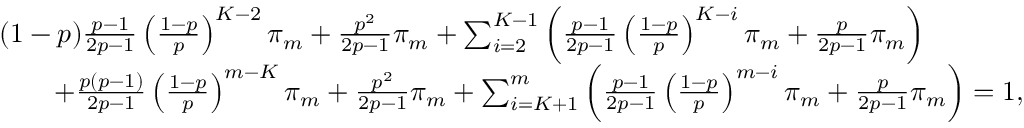
\begin{array} { r l } & { ( 1 - p ) \frac { p - 1 } { 2 p - 1 } \left( \frac { 1 - p } { p } \right) ^ { K - 2 } \pi _ { m } + \frac { p ^ { 2 } } { 2 p - 1 } \pi _ { m } + \sum _ { i = 2 } ^ { K - 1 } \left( \frac { p - 1 } { 2 p - 1 } \left( \frac { 1 - p } { p } \right) ^ { K - i } \pi _ { m } + \frac { p } { 2 p - 1 } \pi _ { m } \right) } \\ & { \qquad + \frac { p ( p - 1 ) } { 2 p - 1 } \left( \frac { 1 - p } { p } \right) ^ { m - K } \pi _ { m } + \frac { p ^ { 2 } } { 2 p - 1 } \pi _ { m } + \sum _ { i = K + 1 } ^ { m } \left( \frac { p - 1 } { 2 p - 1 } \left( \frac { 1 - p } { p } \right) ^ { m - i } \pi _ { m } + \frac { p } { 2 p - 1 } \pi _ { m } \right) = 1 , } \end{array}